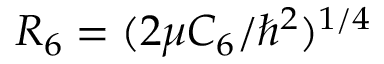
R _ { 6 } = ( 2 \mu C _ { 6 } / \hbar ^ { 2 } ) ^ { 1 / 4 }